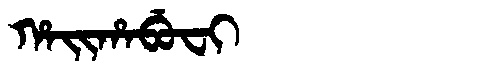
Manchu: ᡥᠠᡳᡥᠠᠪᡠᠸᡳ
Romanization: HAIHABUFI